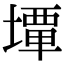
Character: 𡐧